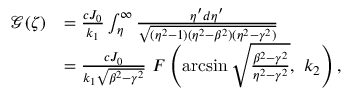
\begin{array} { r l } { \mathcal { G } ( \zeta ) } & { = \frac { c J _ { 0 } } { k _ { 1 } } \int _ { \eta } ^ { \infty } \frac { \eta ^ { \prime } d \eta ^ { \prime } } { \sqrt { ( \eta ^ { 2 } - 1 ) ( \eta ^ { 2 } - \beta ^ { 2 } ) ( \eta ^ { 2 } - \gamma ^ { 2 } ) } } } \\ & { = \frac { c J _ { 0 } } { k _ { 1 } \sqrt { \beta ^ { 2 } - \gamma ^ { 2 } } } \ F \left( \arcsin \sqrt { \frac { \beta ^ { 2 } - \gamma ^ { 2 } } { \eta ^ { 2 } - \gamma ^ { 2 } } } , \ k _ { 2 } \right) , } \end{array}